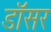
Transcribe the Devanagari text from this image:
डॉसर